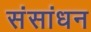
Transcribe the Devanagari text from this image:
संसांधन